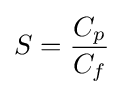
S={\frac {C_{p}}{C_{f}}}